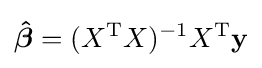
{\boldsymbol {\hat {\beta }}}=(X^{\mathrm {T} }X)^{-1}X^{\mathrm {T} }\mathbf {y}